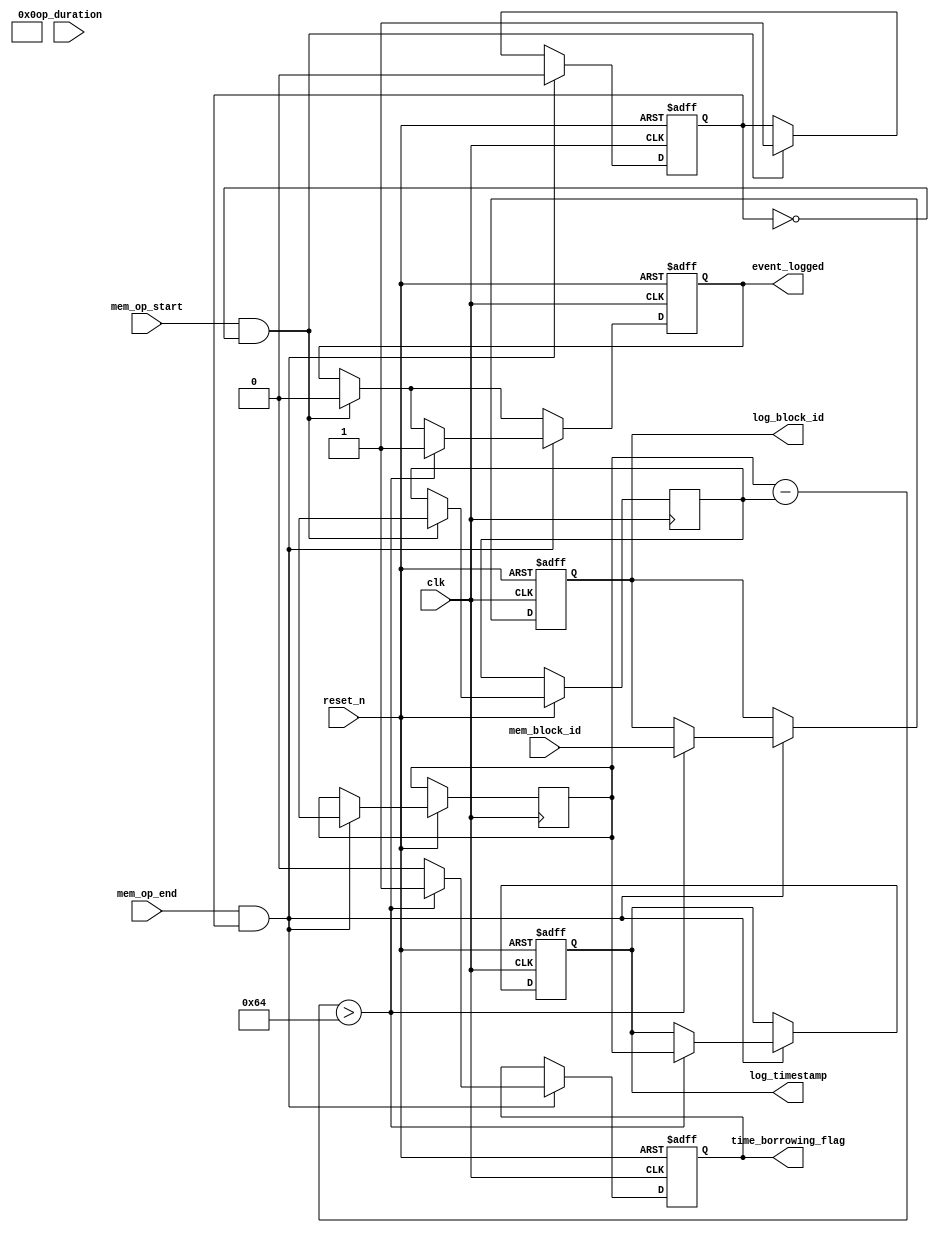
module TimeBorrowingDetector (
    input wire clk,                  // Main clock signal
    input wire reset_n,              // Active low reset
    input wire mem_op_start,         // Memory operation start signal
    input wire mem_op_end,           // Memory operation end signal
    input wire [3:0] mem_block_id,   // Memory block identifier
    input wire [31:0] op_duration,    // Operation duration (in clock cycles)
    output reg time_borrowing_flag,  // Time borrowing detected flag
    output reg [3:0] log_block_id,    // Log of memory block involved
    output reg [31:0] log_timestamp,   // Timestamp of the violation
    output reg event_logged           // Event logged flag
);

// Parameters for timing constraints
parameter MAX_DURATION = 32'd100;   // Example maximum duration in clock cycles

// Internal signals
reg [31:0] start_timestamp;
reg [31:0] end_timestamp;
reg operation_in_progress;

// State machine for operation monitoring
always @(posedge clk or negedge reset_n) begin
    if (!reset_n) begin
        time_borrowing_flag <= 1'b0;
        log_block_id <= 4'b0000;
        log_timestamp <= 32'b0;
        event_logged <= 1'b0;
        operation_in_progress <= 1'b0;
    end else begin
        if (mem_op_start && !operation_in_progress) begin
            // Capture start timestamp
            start_timestamp <= $time; // Assuming $time gives the current timestamp in clock cycles
            operation_in_progress <= 1'b1;
            event_logged <= 1'b0; // Reset log event flag
        end
        
        if (mem_op_end && operation_in_progress) begin
            // Capture end timestamp
            end_timestamp <= $time;
            operation_in_progress <= 1'b0;

            // Calculate duration
            if ((end_timestamp - start_timestamp) > MAX_DURATION) begin
                // Time borrowing detected
                time_borrowing_flag <= 1'b1;
                log_block_id <= mem_block_id;
                log_timestamp <= end_timestamp;
                event_logged <= 1'b1; // Log the event
            end else begin
                // Operation completed within timing constraints
                time_borrowing_flag <= 1'b0;
            end
        end

        // Reset conditions (optional based on your design)
        if (event_logged) begin
            // Optionally clear the log after reading
            // A separate mechanism could be used to clear logs if needed
        end
    end
end

endmodule